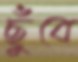
ছুঁবে